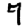
Digit: 7